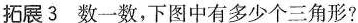
拓展3 数一数，下图中有多少个三角形？